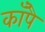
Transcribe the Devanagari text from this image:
काँपै